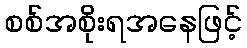
စစ်အစိုးရအနေဖြင့်